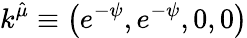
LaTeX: k^{\hat{\mu}}\equiv\left(e^{-\psi},e^{-\psi},0,0\right)